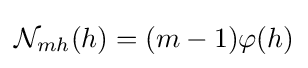
{\mathcal {N}}_{mh}(h)=(m-1)\varphi (h)